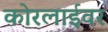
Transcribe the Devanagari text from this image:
कोरलाईवर